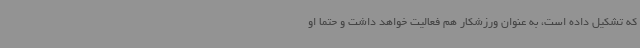
که تشکیل داده است، به عنوان ورزشکار هم فعالیت خواهد داشت و حتما او